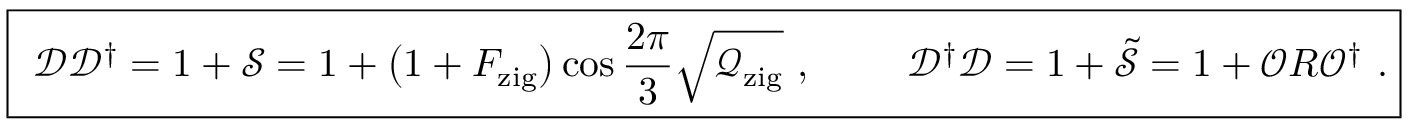
\begin{array} { r } { \boxed { \ \mathcal { D D } ^ { \dagger } = 1 + \mathcal { S } = 1 + \big ( 1 + F _ { \mathrm { z i g } } \big ) \cos \frac { 2 \pi } { 3 } \sqrt { \mathcal { Q } _ { \mathrm { z i g } } } \ , \qquad \ \mathcal { D } ^ { \dagger } \mathcal { D } = 1 + \widetilde { \mathcal { S } } = 1 + \mathcal { O } R \mathcal { O } ^ { \dagger } \ . } } \end{array}